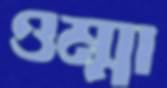
ওম্মা